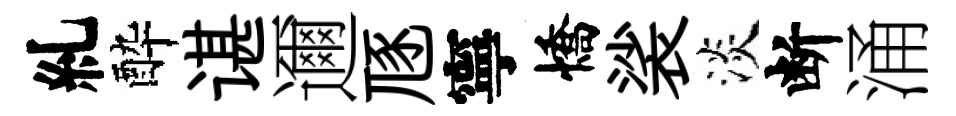
糺酔谌邇豗寧憍裟淡断涌